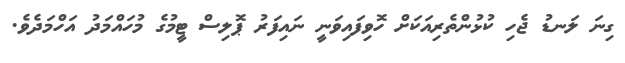
ގިނަ ލަނޑު ޖެހި ކުޅުންތެރިއަކަށް ހޮވިފައިވަނީ ނައިފަރު ޕޮލިސް ޓީމުގެ މުހައްމަދު އަހްމަދެވެ.